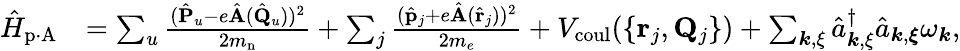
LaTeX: \begin{array}{rl}{\hat{H}_{\mathrm{p\cdot A}}}&{=\sum_{u}\frac{(\hat{\mathbf P}_{u}-e\hat{\mathbf A}(\hat{\mathbf Q}_{u}))^{2}}{2m_{\mathrm{n}}}+\sum_{j}\frac{(\hat{\mathbf p}_{j}+e\hat{\mathbf A}(\hat{\mathbf r}_{j}))^{2}}{2m_{e}}+V_{\mathrm{coul}}(\{ {{\mathbf r}_{j},{\mathbf Q}_{j}}\} )+\sum_{{\boldsymbol k},{\mathbf\xi}}\hat{a}_{{\boldsymbol k},{\mathbf\xi}}^{\dagger}\hat{a}_{{\boldsymbol k},{\boldsymbol{\xi}}}\omega_{\boldsymbol k},}\end{array}